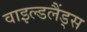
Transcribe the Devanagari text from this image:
वाइल्डलैंड्स